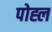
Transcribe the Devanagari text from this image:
पोह्ल